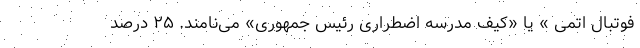
فوتبال اتمی » یا «کیف مدرسه اضطراری رئیس جمهوری» می‌نامند. ۲۵ درصد